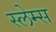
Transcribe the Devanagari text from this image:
स्लेम्स